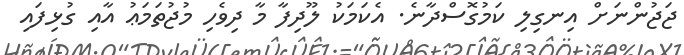
ޖަޖުންނަށް އިނގިލި ކަމުގޮސްދާނެ. އެކަމަކު ލޫދިފާ މާ ދިވެހި މުޖުތަމަޢު އާއި ގުޅިފައި